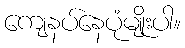
ကျေနပ်နေပုံမျိုးပါ။